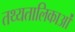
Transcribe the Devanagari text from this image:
तथ्यतालिकाओं